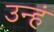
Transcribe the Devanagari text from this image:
उन्हं